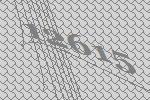
12615